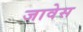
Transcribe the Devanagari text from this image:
जावेस